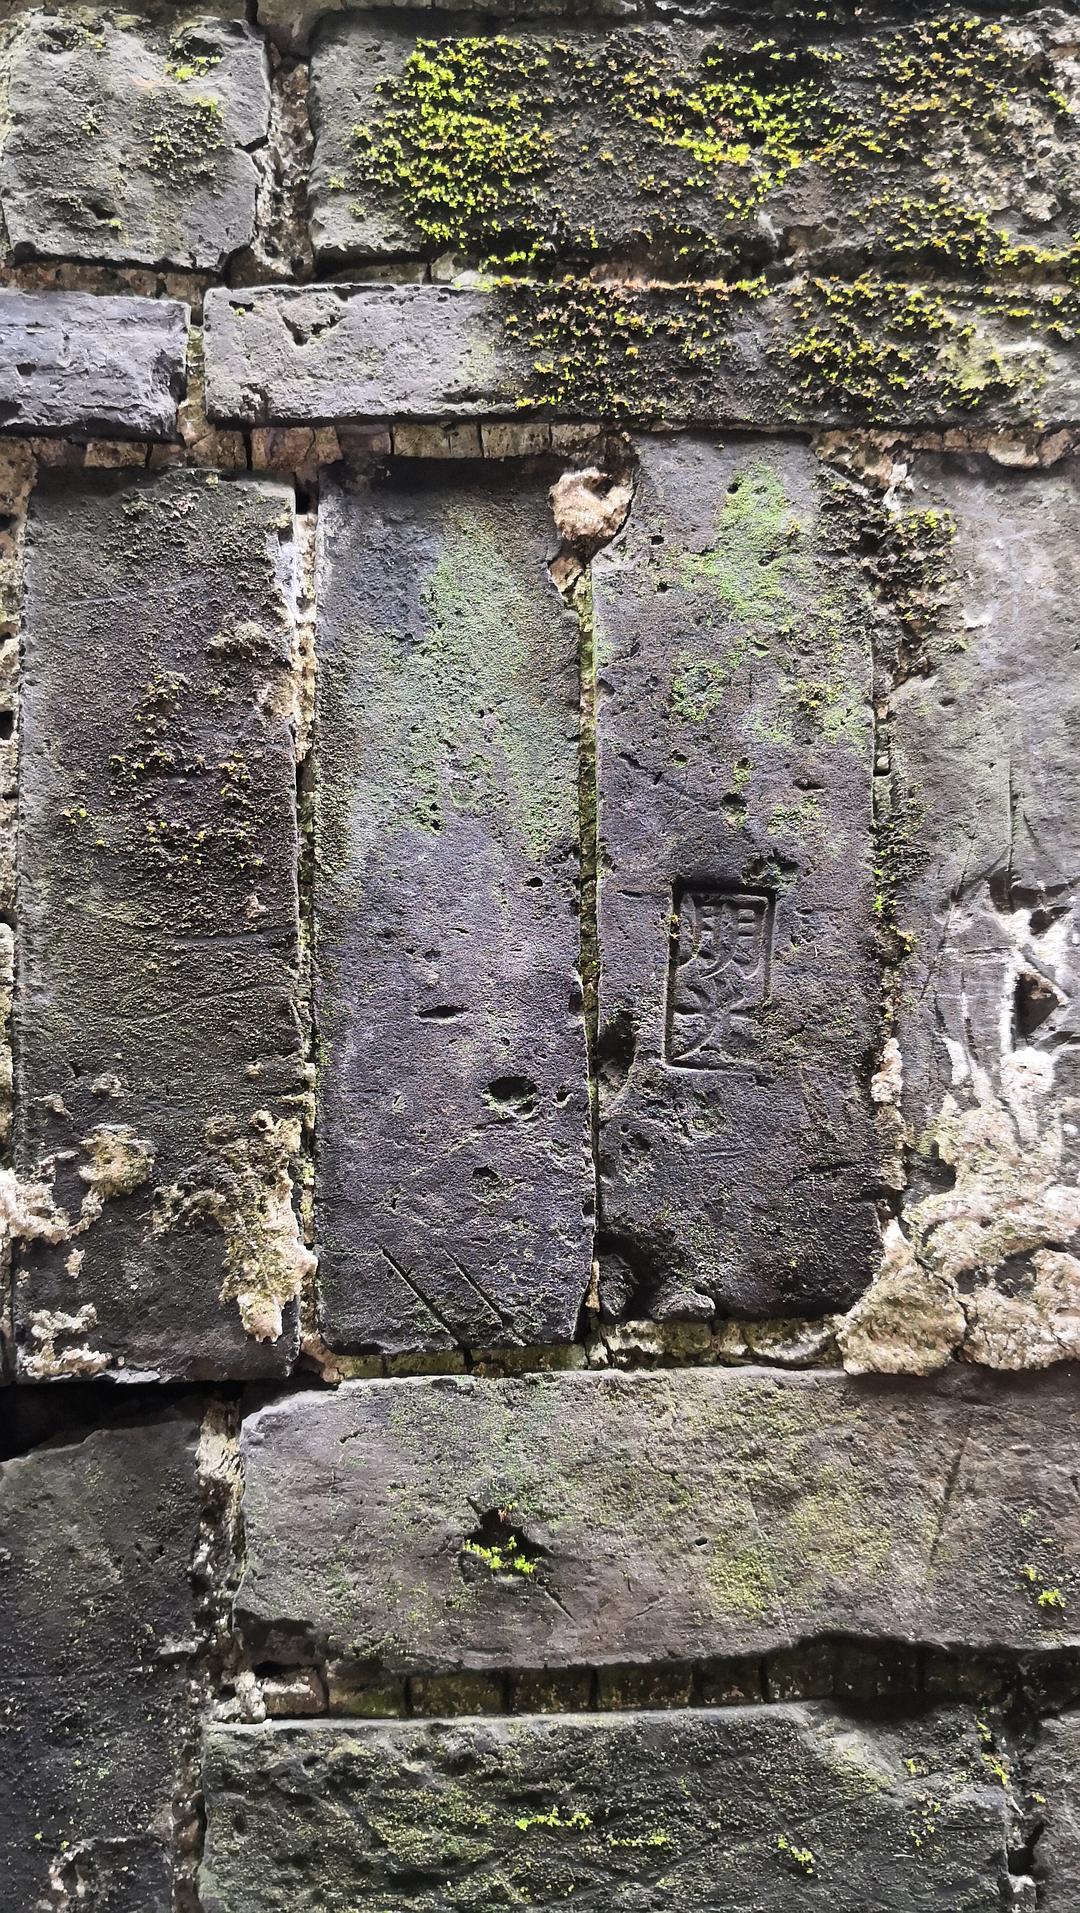
矮纸斜行闲作草，晴窗细乳戏分茶。